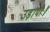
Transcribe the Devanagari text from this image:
उड़ायौ